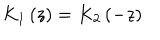
LaTeX: K _ { 1 } \left( z \right) = K _ { 2 } \left( - z \right)